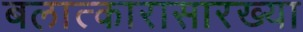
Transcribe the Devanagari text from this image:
बलात्कारासारख्या